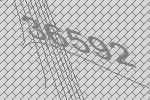
36592